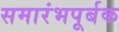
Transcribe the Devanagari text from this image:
समारंभपूर्बक